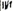
Text: IN1